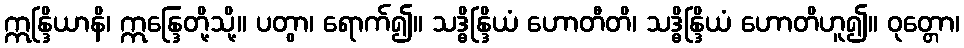
ဣန္ဒြိယာနိ၊ ဣန္ဒြေတို့သို့။ ပတွာ၊ ရောက်၍။ သဒ္ဓိန္ဒြိယံ ဟောတီတိ၊ သဒ္ဓိန္ဒြိယံ ဟောတိဟူ၍။ ဝုတ္တော၊